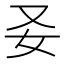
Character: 𡚩